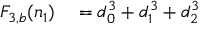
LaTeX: \begin{array} { r l } { F _ { 3 , b } ( n _ { 1 } ) } & { { } = d _ { 0 } ^ { 3 } + d _ { 1 } ^ { 3 } + d _ { 2 } ^ { 3 } } \end{array}